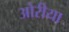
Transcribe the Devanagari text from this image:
ओरीया